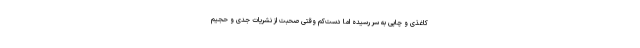
کاغذی و چاپی به سر رسیده اما دست‌کم وقتی صحبت از نشریات جدی و حجیم